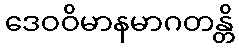
ဒေဝဝိမာနမာဂတန္တိ